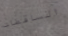
الساقطات